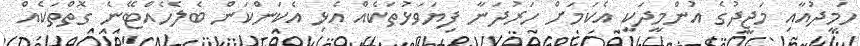
ހަމީދުއާއި މަޖީދުގެ އުންމީދަކީ އެކަމަށް ހަރުދަނާ ފިޔަވަޅުތަކެއް އެޅި އެކަންކަން ބެލެހެއްޓޭނެ ގޮތްތަކެއް